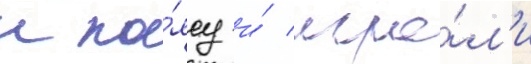
к по́ясу и́ игра́л'и